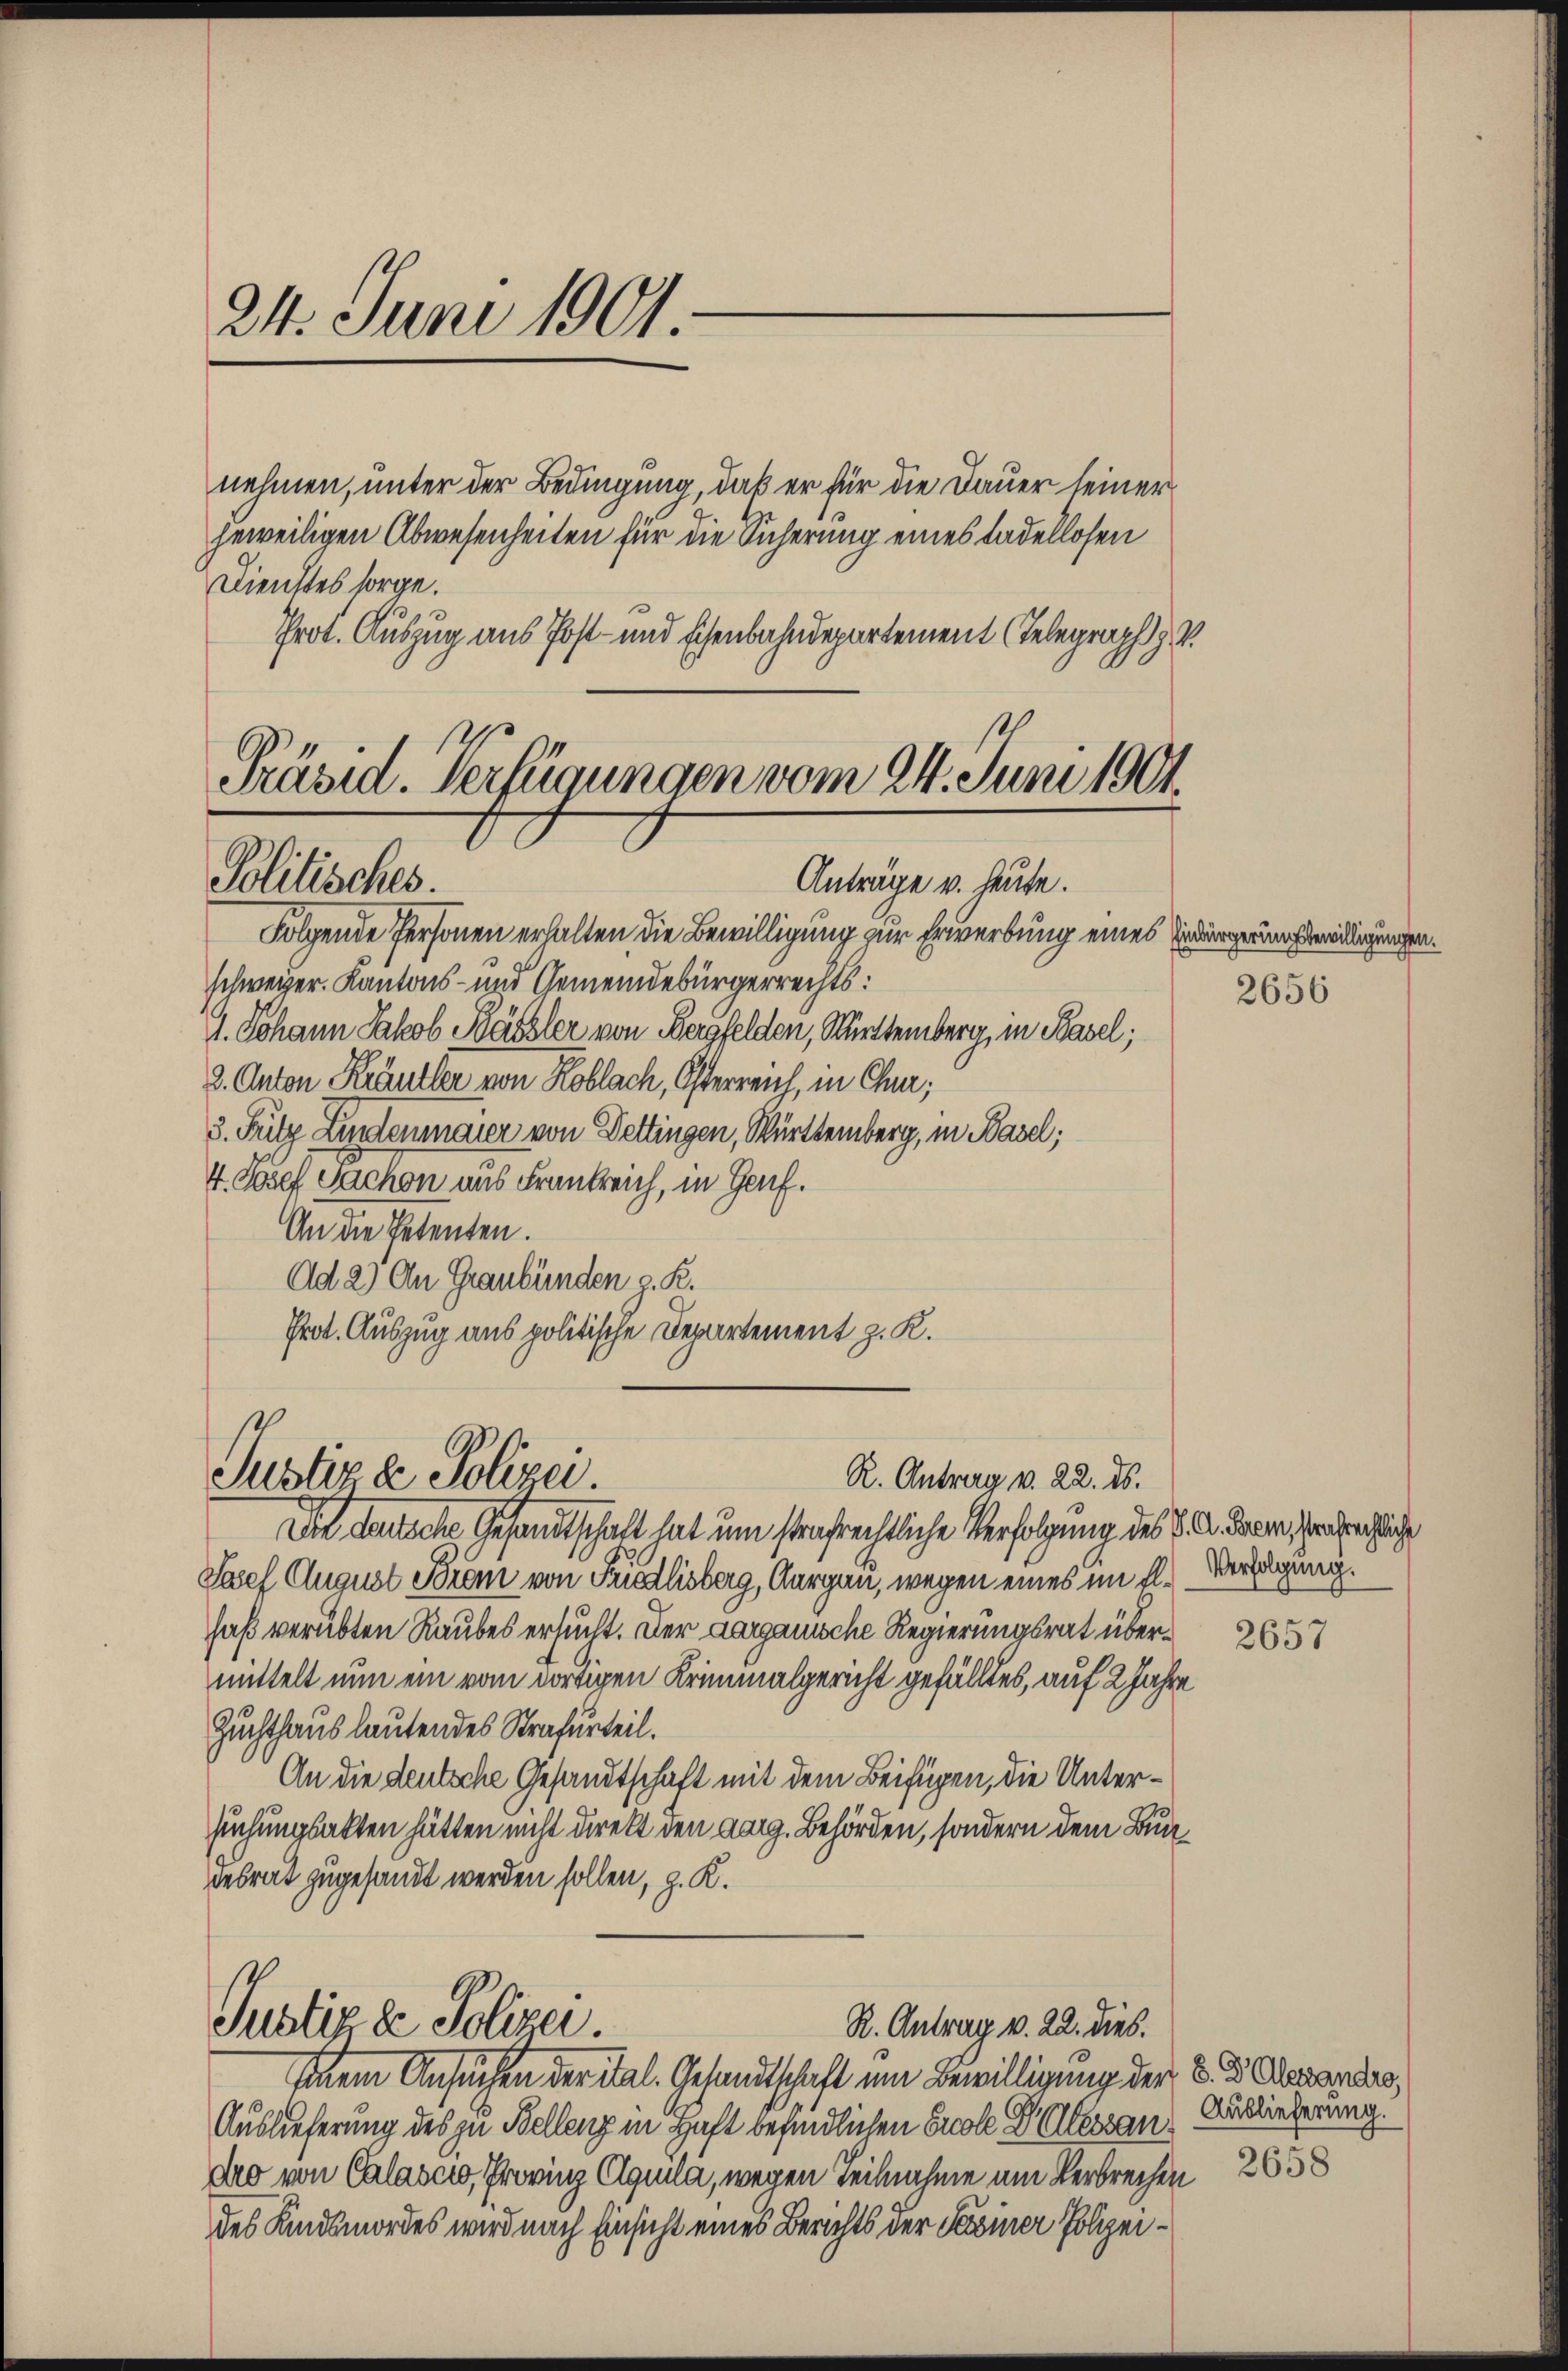
24. Juni 1901.

Dienstes sorge.
Prot. Auszug aus Post- und Eisenbahndepartement (Telegraph H. V.

Folgende Personen erhalten die Bewilligung zur Erwerbung eines Eidürgerungseidigungen.
schweizer. Kantons- und Gemeindebürgerrechts:
1. Johann Jakob Pässler von Bergfelden, Württemberg, in Basel;
2. Anton Kräutler von Hoblach, Osterreich, in Chur;
3. Filz Lindermaier von Dettingen, Württemberg, in Basel;
4. Josef Sachen aus Frankreich, in Genf.
An die Petenten.
Ad 2) An Graubünden z. R.
Prot. Auszug aus politische Departement z. K.

nehmen, unter der Bedingung, daß er für die Dauer seiner
jeweiligen Abwesenheiten für die Sicherung eines tadellosen

Präsid. Verfügungen vom 24. Juni 1901.
Politisches.
Anträge v. heute.

Justiz & Polizei.
R. Antrag v. 22. ds.

Justiz & Polizei.
R. Antrag v. 22. dies.
Einem Ansuchen der Tal. Gesandtschaft um Bewilligung der B. d. Alexandes,

Die deutsche Gesandtschaft hat um strafrechtliche Verfolgung des K. A. Baare, sera rechtliche
Josef August Prem von Fredlisberg, Aargau, wegen eines im fl. Verfügung.
haß verübten Raubes ersucht. Der aargauische Regierungsrat übermittelt nun ein vom dortigen Kriminalgericht gefälltes, auf 2 Jahre
Zuchthaus lautendes Strafurteil.
An die Leutsche Gesandtschaft mit dem Beifügen, die Untersuchungsakten hätten nicht direkt den aarg. Behörden, sondern dem Bundesrat zugesandt werden sollen, z. K.

Auslieferung des zu Bellenz in Haft befindlichen Eucole Plessan, Auslieferung.
dro von Calaser, Provinz Aquila, wegen Teilnahme am Verbrechen
des Kindsmordes wird nach Einsicht eines Berichts der Seiner Polizei¬

2656

2657

2658